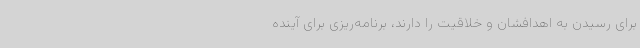
برای رسیدن به اهدافشان و خلاقیت را دارند، برنامه‌ریزی برای آینده